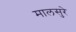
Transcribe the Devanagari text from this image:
मालसुरे